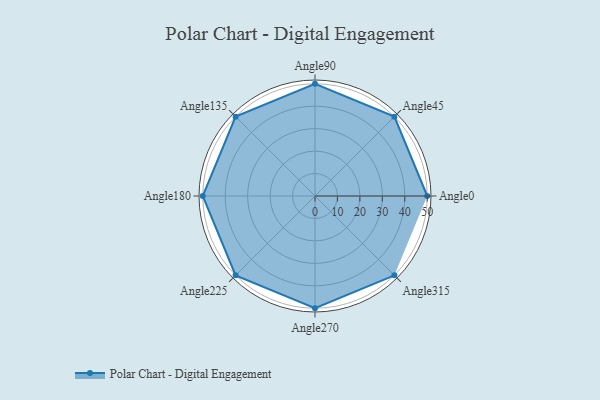
{"axis": {"x": "Angle", "y": "Radius"}, "legend": [""], "data": [{"x": "Angle0", "y": 50.0, "type": ""}, {"x": "Angle45", "y": 50, "type": ""}, {"x": "Angle90", "y": 50, "type": ""}, {"x": "Angle135", "y": 50, "type": ""}, {"x": "Angle180", "y": 50, "type": ""}, {"x": "Angle225", "y": 50, "type": ""}, {"x": "Angle270", "y": 50, "type": ""}, {"x": "Angle315", "y": 50, "type": ""}]}